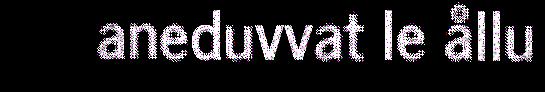
aneduvvat le ållu